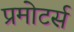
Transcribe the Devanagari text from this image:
प्रमोटर्स